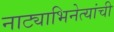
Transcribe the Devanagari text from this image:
नाट्याभिनेत्यांची